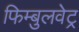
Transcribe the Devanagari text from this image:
फिम्बुलवेट्र